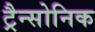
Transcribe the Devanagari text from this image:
ट्रैन्सोनिक